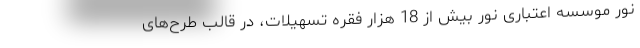
نور موسسه اعتباری نور بیش از 18 هزار فقره تسهیلات، در قالب طرح‌های